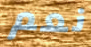
نعم